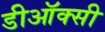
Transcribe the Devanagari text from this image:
डीऑक्सी